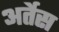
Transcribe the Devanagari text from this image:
अर्तेस